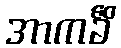
အာကင်္ခိံ